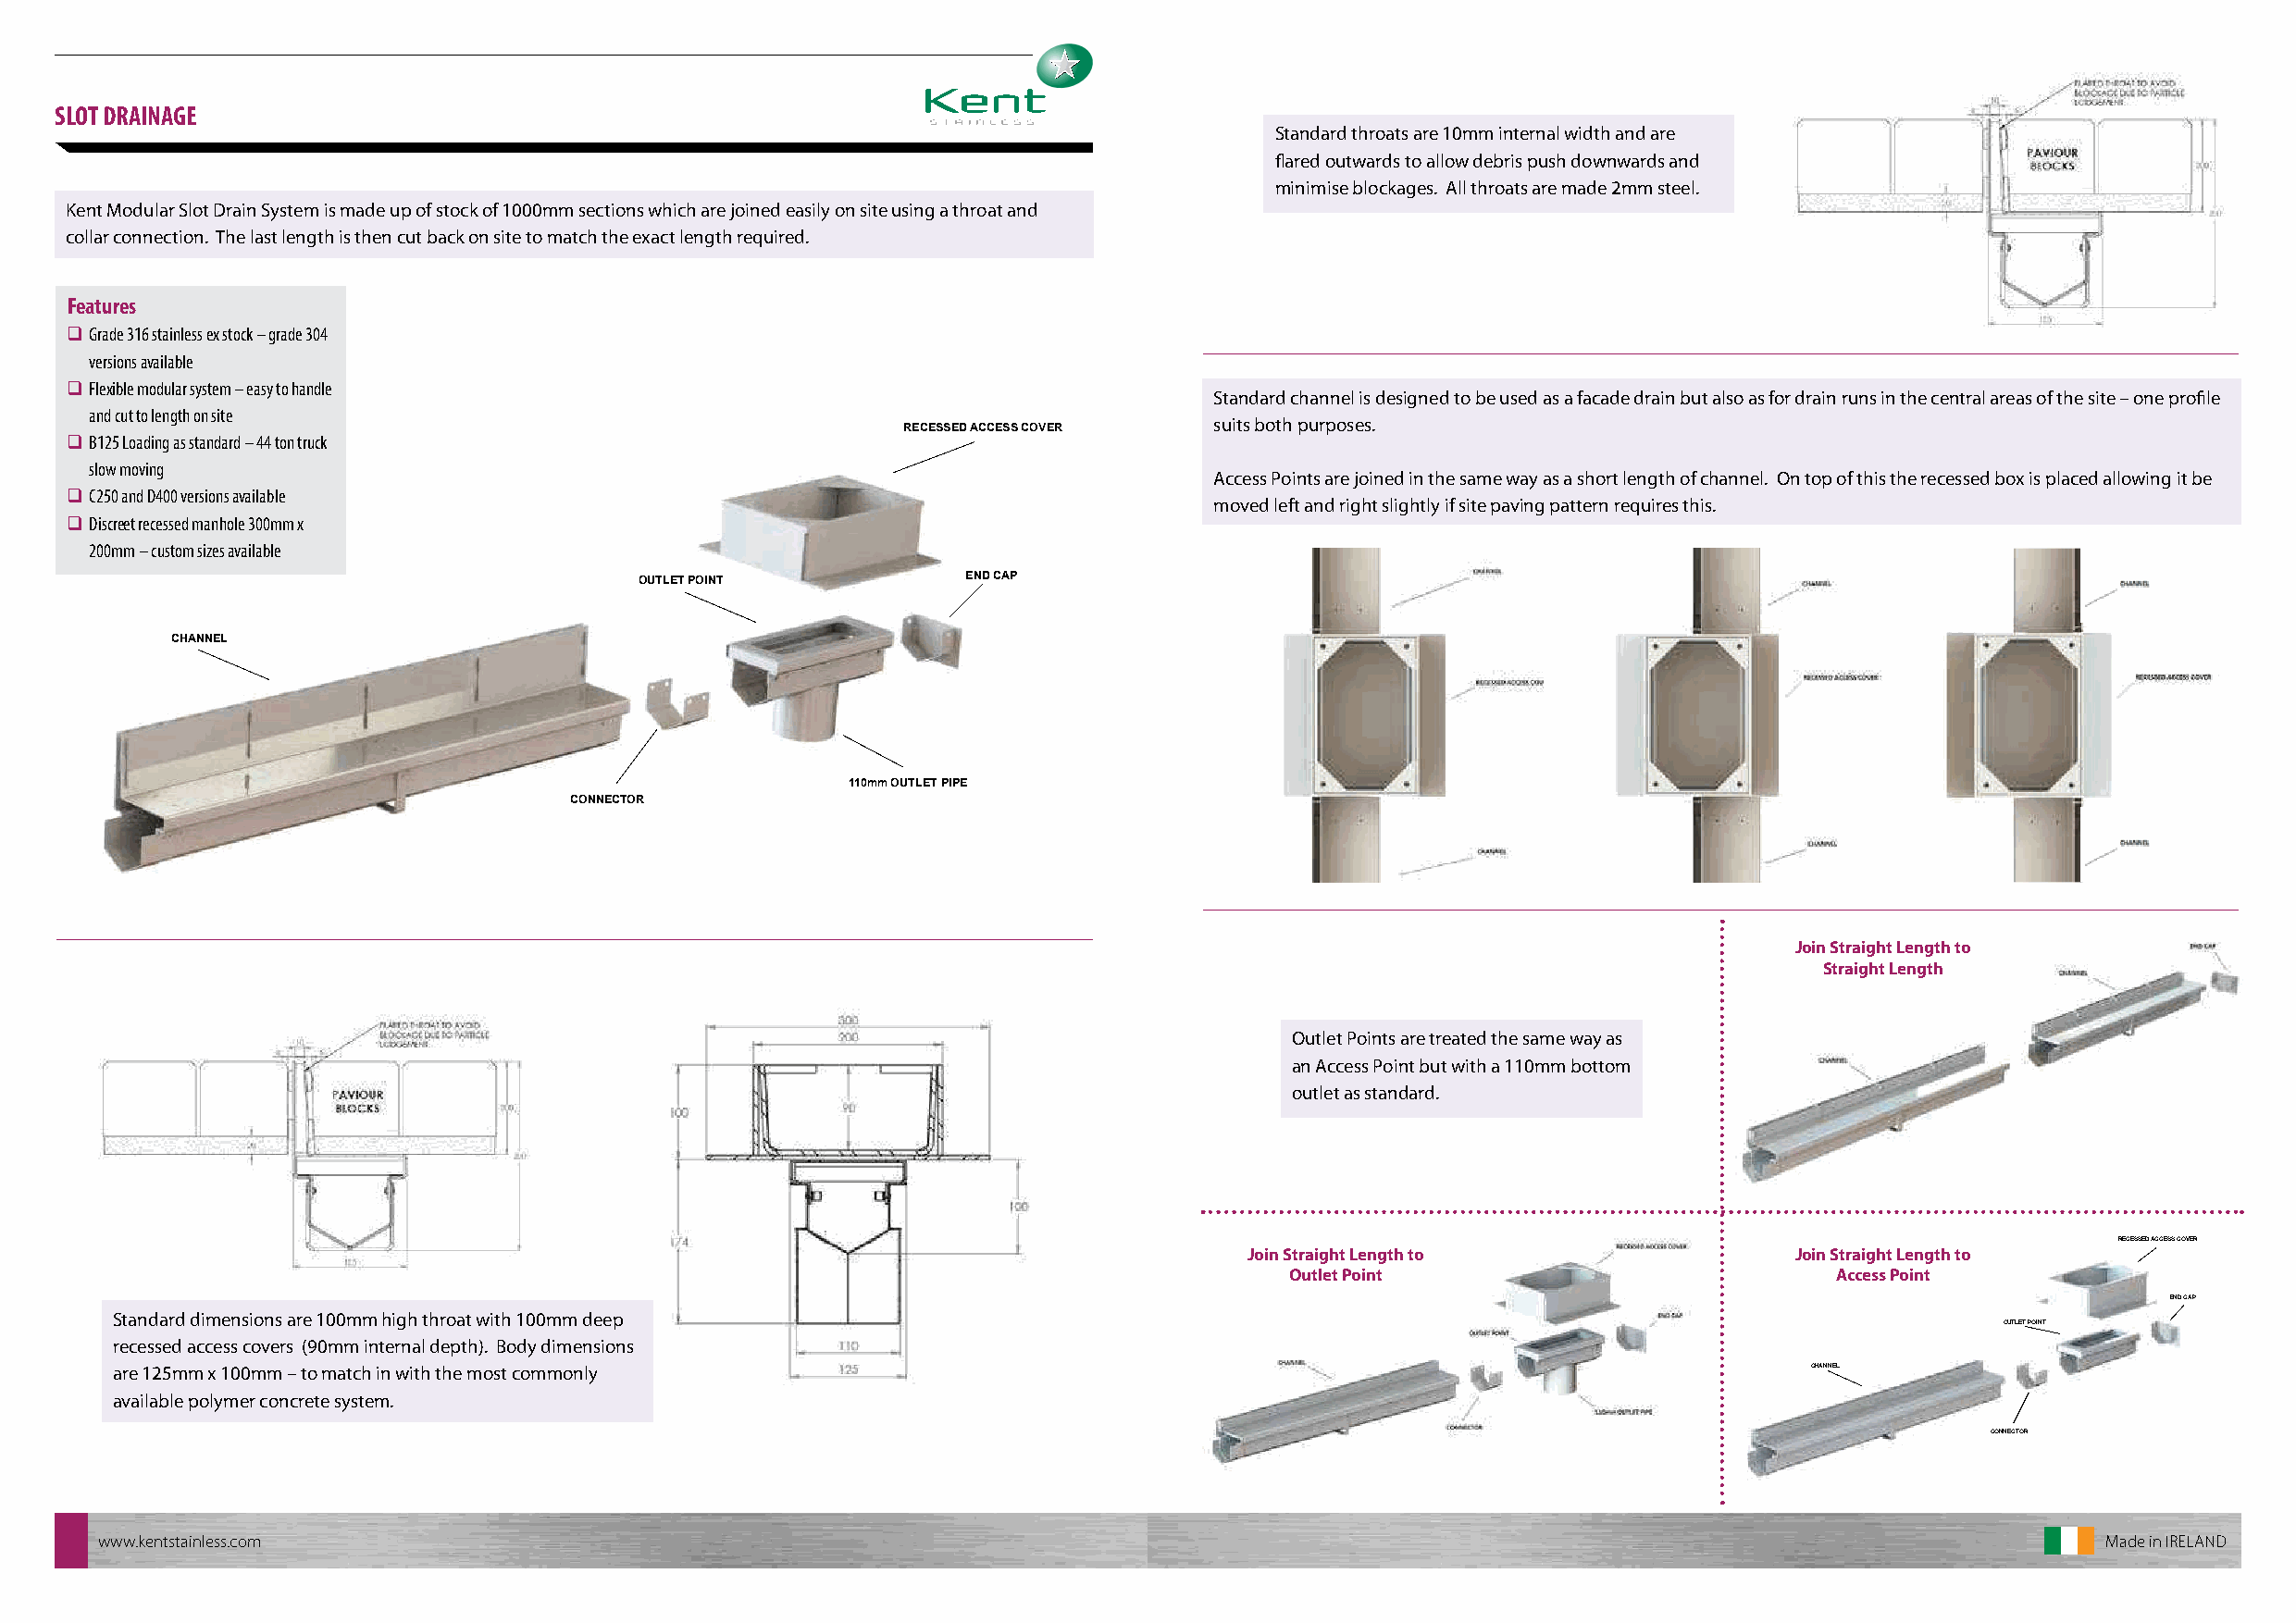
SLOT DRAINAGE                                                                                                                                                       SITES WHERE KENT SLOT CHANNEL IS INSTALLED
 Standard throats are 10mm internal width and are
 flared outwards to allow debris push downwards and
 minimise blockages. All throats are made 2mm steel.
 Kent Modular Slot Drain System is made up of stock of 1000mm sections which are joined easily on site using a throat and
 collar connection. The last length is then cut back on site to match the exact length required.
 Features
 q Grade 316 stainless ex stock – grade 304
 versions available
 q Flexible modular system – easy to handle
 Standard channel is designed to be used as a facade drain but also as for drain runs in the central areas of the site – one profile
 and cut to length on site
 suits both purposes.
 RECESSED ACCESS COVER
 q B125 Loading as standard – 44 ton truck
 slow moving                                                                                                                                                               Canada Water, London    Gas Holders 8, London    Paddington, London
 Access Points are joined in the same way as a short length of channel. On top of this the recessed box is placed allowing it be
 q C250 and D400 versions available
 moved left and right slightly if site paving pattern requires this.
 q Discreet recessed manhole 300mm x
 200mm – custom sizes available
 OUTLET POINT           END CAP
 CHANNEL
 110mm OUTLET PIPE
 CONNECTOR
 Bloomberg, London        Leadenhall, London    Merchants Square, London
 Join Straight Length to
 Straight Length
 Outlet Points are treated the same way as
 an Access Point but with a 110mm bottom
 outlet as standard.
 Bishopsgate, London      Cubitt Park, London     Bloomberg, London
 RECESSED ACCESS COVER
 Join Straight Length to                Join Straight Length to
 Outlet Point                           Access Point
 END CAP
 Standard dimensions are 100mm high throat with 100mm deep
 OUTLET POINT                                                   Kent Stainless Ltd
 recessed access covers (90mm internal depth). Body dimensions
 are 125mm x 100mm – to match in with the most commonly                                                                    CHANNEL                                                                     Ardcavan,Wexford, Ireland
 available polymer concrete system.                                                                                                                                                                    TEL NO    +353 53 914 3216
 UK FREEPHONE 0800 376 8377
 CONNECTOR
 Qatar     +974 3372 1757
 FAX       +353 53 914 1802
 WEB       www.kentstainless.com
 EMAIL     info@kentstainless.com
 www.kentstainless.com                                                                                                                           Made in IRELAND